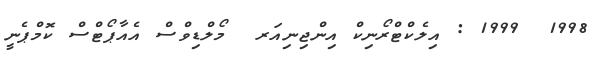
1998  1999 : އިލެކްޓްރޯނިކް އިންޖިނިއަރ  މޯލްޑިވްސް އެއާޕޯޓްސް ކޮމްޕެނީ